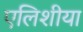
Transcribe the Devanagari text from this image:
एलिशीया